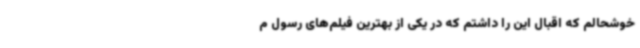
خوشحالم که اقبال این را داشتم که در یکی از بهترین فیلم‌های رسول م